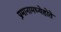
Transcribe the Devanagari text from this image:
प्रमानामध्येहोते